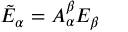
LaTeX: { \tilde { E } } _ { \alpha } = A _ { \alpha } ^ { \beta } E _ { \beta }